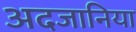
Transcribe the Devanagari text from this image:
अदजानिया